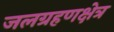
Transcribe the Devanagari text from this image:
जलग्रहणक्षेत्र